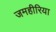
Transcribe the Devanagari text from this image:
जमहीरिया